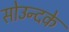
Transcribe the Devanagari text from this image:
सोउन्दके